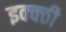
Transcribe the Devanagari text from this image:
इक्क्ठी